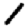
Digit: 1